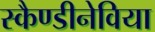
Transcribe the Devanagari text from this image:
स्कैण्डीनेविया